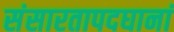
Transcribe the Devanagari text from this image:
संसारतापदघानां